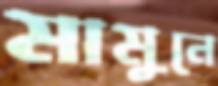
মামুনে